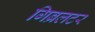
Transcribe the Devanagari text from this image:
गिब्रलटर